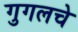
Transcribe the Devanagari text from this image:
गुगलचे